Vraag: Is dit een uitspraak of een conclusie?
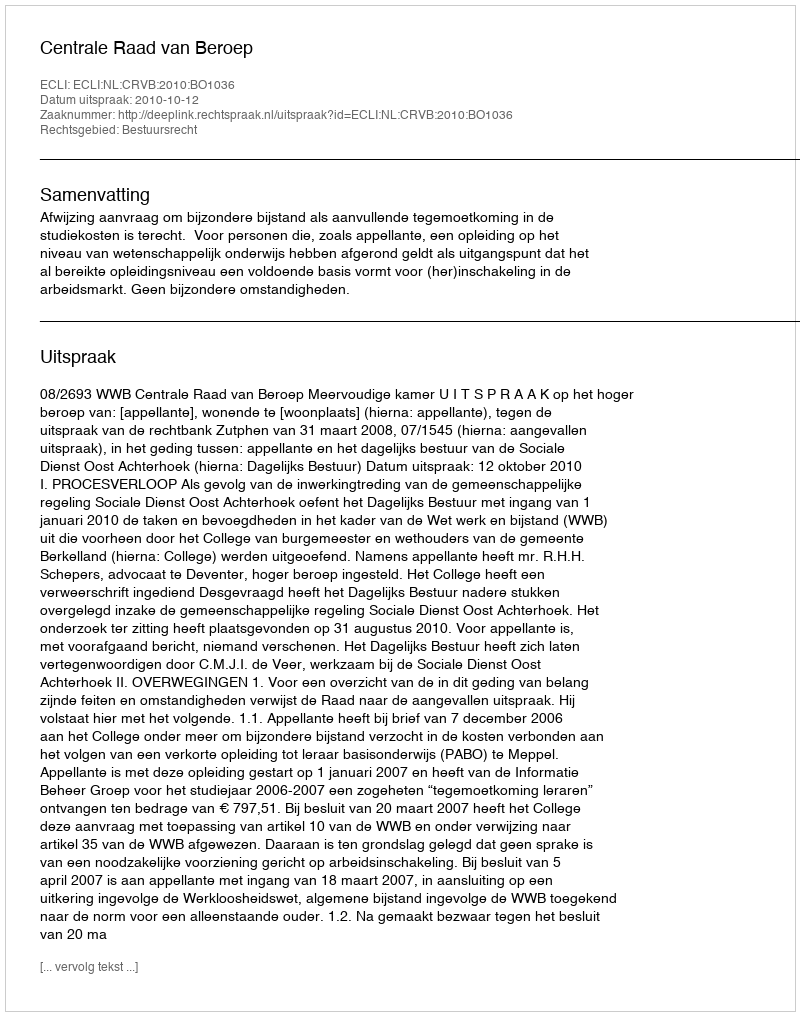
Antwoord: Uitspraak